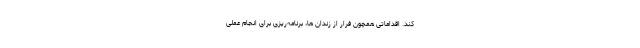
کند. اقداماتی همچون فرار از زندان ها، برنامه‌ریزی برای انجام عملی